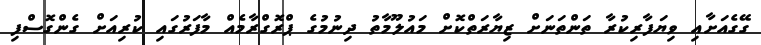
ގޭގެއަށާއި ވިޔަފާރިކުރާ ތަންތަނަށް ޒިޔާރަތްކޮށް މައުލޫމާތު ދިނުމުގެ ޕްރޮގްރާމެއް މާފަރުގައި ކުރިއަށް ގެންގޮސްފި